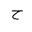
Letter: _ha